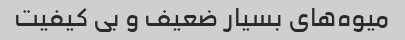
میوه‌های بسیار ضعیف و بی کیفیت